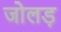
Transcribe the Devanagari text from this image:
जोलड़